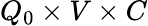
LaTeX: Q_{0}\times V\times C